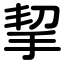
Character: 挈